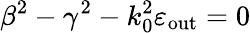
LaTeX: \beta^{2}-\gamma^{2}-k_{0}^{2}\varepsilon_{\mathrm{out}}=0